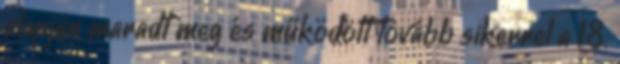
alapján maradt meg és működött tovább sikerrel a 18.